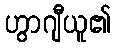
ဟွာဂျီယူ၏